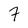
Character: 7